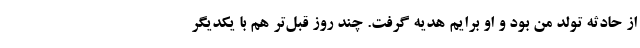
از حادثه تولد من بود و او برایم هدیه گرفت. چند روز قبل‌تر هم با یکدیگر